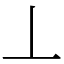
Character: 丄